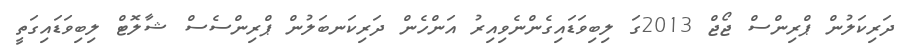
ދަރިކަލުން ޕްރިންސް ޖޯޖް 2013ގަ ލިބިވަޑައިގެންނެވިއިރު އަންހެން ދަރިކަނބަލުން ޕްރިންސެސް ޝާލޮޓް ލިބިވަޑައިގަތީ